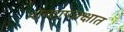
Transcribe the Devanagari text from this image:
शेकापक्क्षात